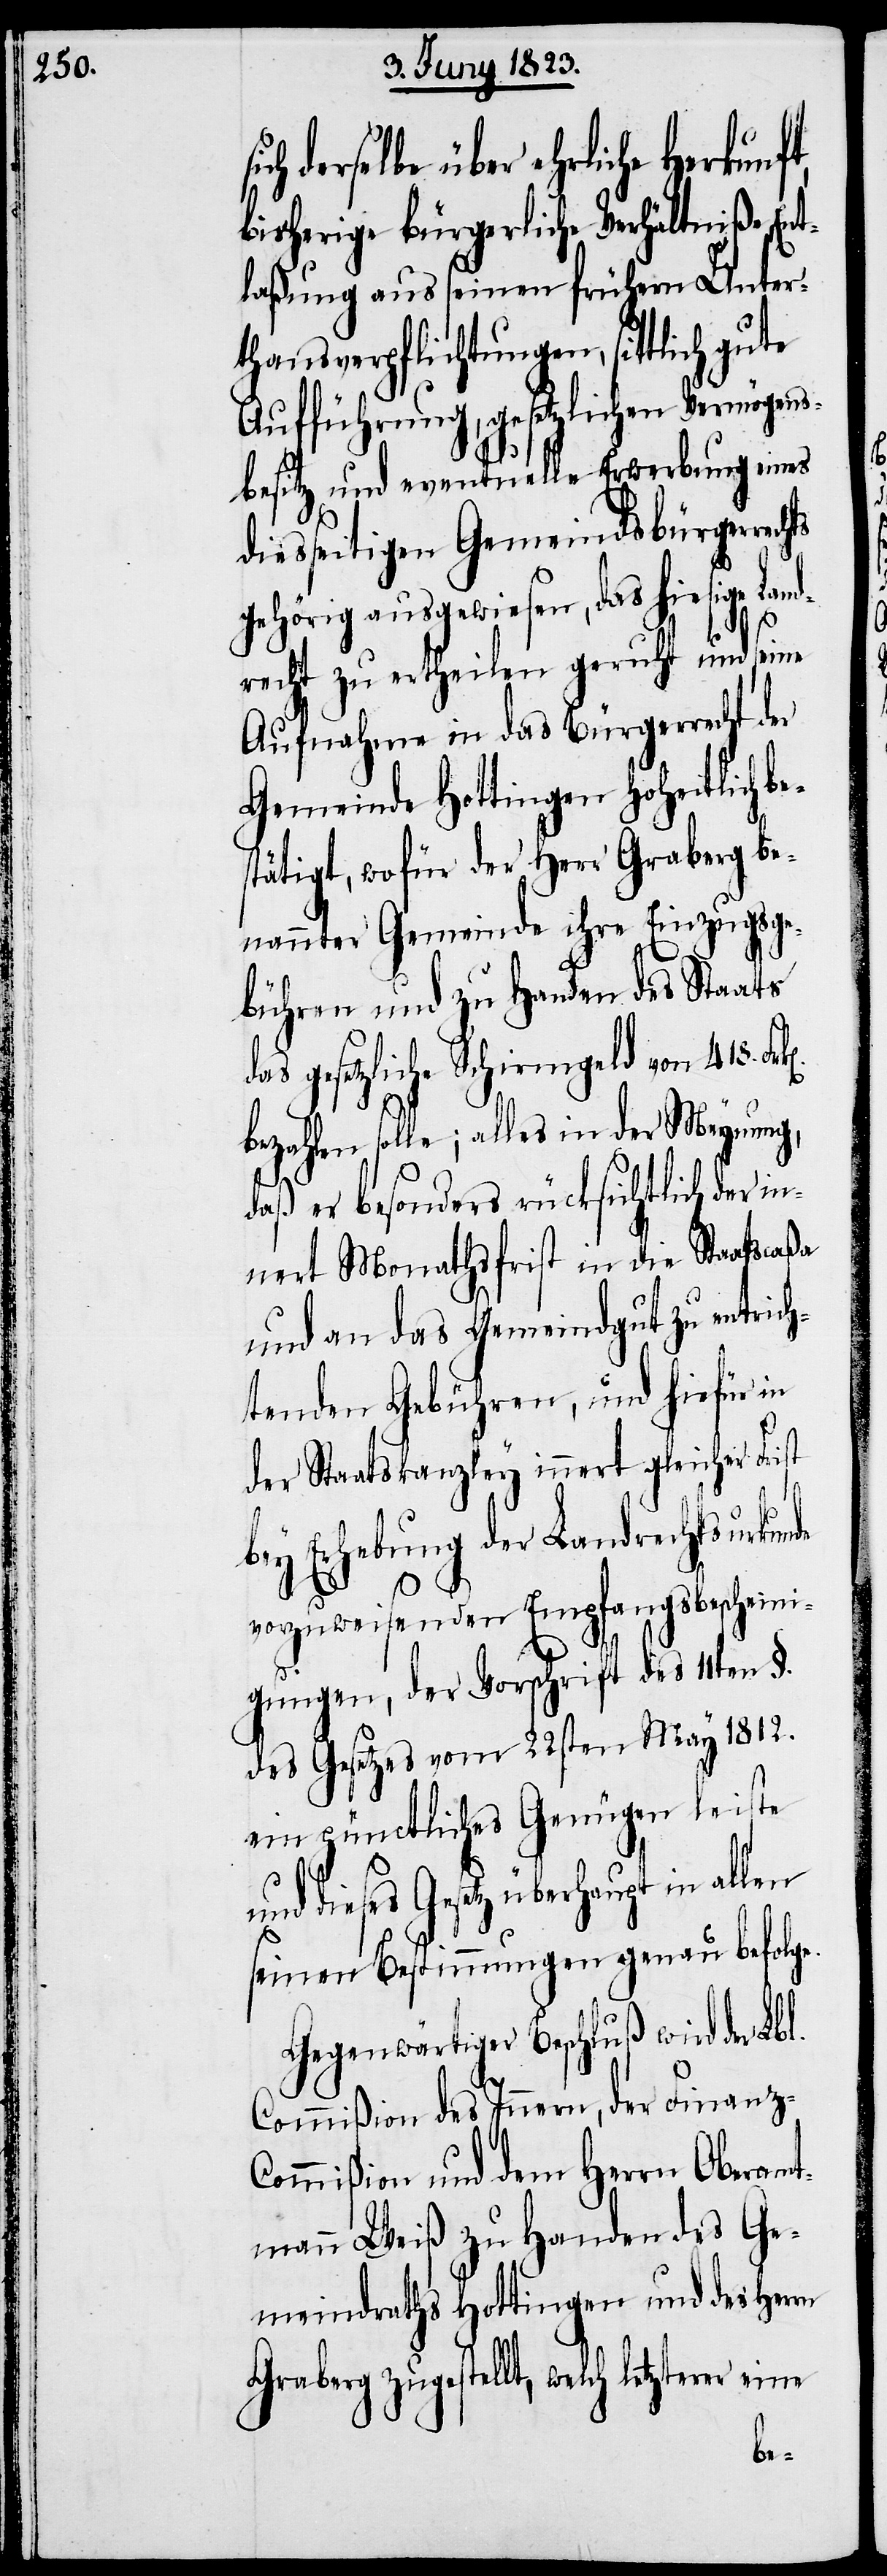
selbe über ehrliche Herkunft,
bisherige bürgerliche Verhältniße, En¬
tlaßung aus seinen frühern Unter¬
thansverpflichtungen, sittlich gute
Aufführung, gesetzlichen Vermögen¬
sbesitz und eventuelle Erwerbung eines
diesseitigen Gemeindsbürgerrec¬
gehörig ausgewiesen, das hiesige La¬
recht zu ertheilen geruht und seine
Aufnahme in das Bürgerrecht der
Gemeinde Hottingen hoheitlich
stätigt, wofür der Herr Graberg be¬
nannter Gemeinde ihre Einzugsge¬
bühren und zu Handen des Staats
das gesetzliche Schirmgeld von 418.
bezahlen solle; alles in der Meynung,
daß er besonders rücksichtlich der i¬
nnert Monathsfrist in die Staatscaßa
und an das Gemeindgut zu entrich¬
tenden Gebühren, und hiefür in
der Staatskanzley innert gleicher Frist
bey Erhebung der Landrechtsurkun¬
vorzuweisenden Empfangsbescheini¬
gungen, der Vorschrift des 11ten §.
des Gesetzes vom 22sten May 1812.
ein pünctliches Genügen leiste
dieses Gesetz überhaupt in
seinen Bestimmungen genau befolge.
Gegenwärtiger Beschluß wird der Lbl.
Commißion des Innern, der Finanz-C¬
ommißion und dem Herrn Oberamt¬
mann Weiß zu Handen des Ge¬
meindraths Hottingen und des Herrn
Graberg zugestellt, welch letzterer
eine